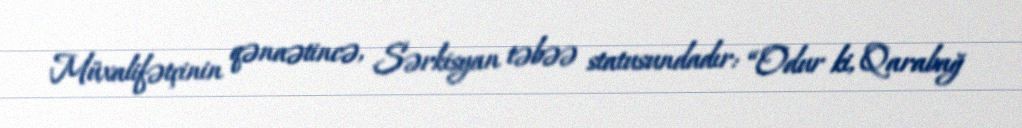
Müxalifətçinin qənaətincə, Sərkisyan təbəə statusundadır: “Odur ki, Qarabağ